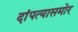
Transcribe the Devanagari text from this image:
दांपत्यासमोर